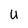
Character: U